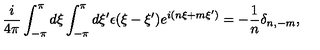
\frac { i } { 4 \pi } \int _ { - \pi } ^ { \pi } d \xi \int _ { - \pi } ^ { \pi } d \xi ^ { \prime } \epsilon ( \xi - \xi ^ { \prime } ) e ^ { i ( n \xi + m \xi ^ { \prime } ) } = - \frac { 1 } { n } \delta _ { n , - m } , \nonumber